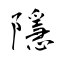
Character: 隱